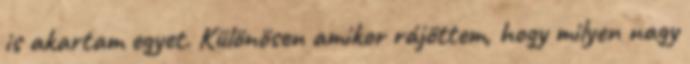
is akartam egyet. Különösen amikor rájöttem, hogy milyen nagy